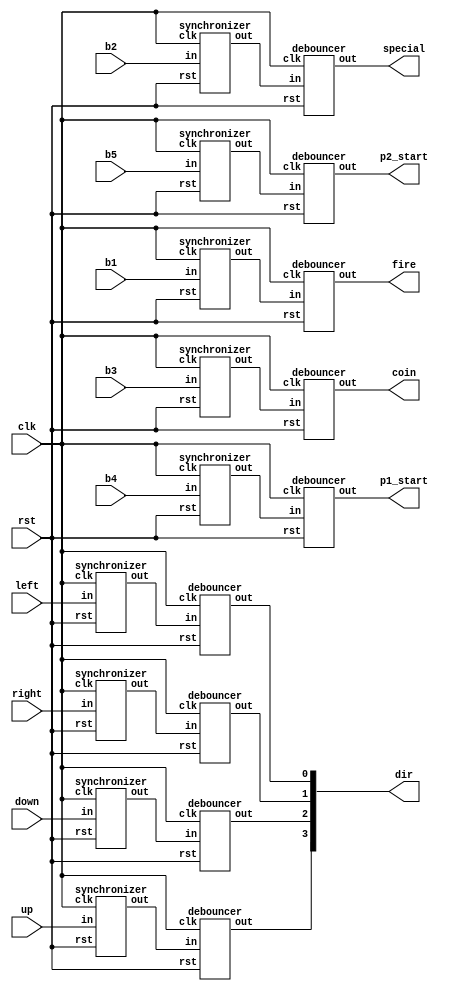
module joystick_controller 
(
  input wire up, down, left, right,
  input wire b1, b2, b3, b4, b5, 
  input wire clk, rst,
  output wire [3:0] dir,
  output wire p1_start, p2_start,
  output wire coin,
  output wire fire, special
);
/* Button Layout
 *         B5 B3   B4     
 *                           
 *    U    
 *  L   R  B1 
 *    D   B2
 *
 */
  wire ctrl_up, ctrl_down, ctrl_left, ctrl_right;
  reg [3:0] tmp_dir;
  wire up_sync, down_sync, left_sync, right_sync;
  wire b1_sync, b2_sync, b3_sync, b4_sync, b5_sync;
  

  /* Input sanitizer
   * North South East West
   
  always @(*) begin
    case({ctrl_up, ctrl_down, ctrl_right, ctrl_left})
      4'b1000: tmp_dir = 4'b1000; // North
      4'b1010: tmp_dir = 4'b1010; // NorthEast
      4'b1001: tmp_dir = 4'b1001; // NorthWest

      4'b0100: tmp_dir = 4'b0100; // South
      4'b0110: tmp_dir = 4'b0110; // SouthEast
      4'b0101: tmp_dir = 4'b0101; // SouthWest

      4'b0010: tmp_dir = 4'b0010; // East
      4'b0001: tmp_dir = 4'b0001; // West
		4'b0000: tmp_dir = 4'b0000;
      default: tmp_dir = 4'b0000; // None
    endcase
  end
  */
	assign dir = {ctrl_up, ctrl_down, ctrl_right, ctrl_left};//tmp_dir;

  synchronizer s_up   (clk, rst, up,    up_sync);
  synchronizer s_down (clk, rst, down,  down_sync);
  synchronizer s_left (clk, rst, left,  left_sync);
  synchronizer s_right(clk, rst, right, right_sync);

  debouncer d_up   (clk, rst, up_sync,    ctrl_up);
  debouncer d_down (clk, rst, down_sync,  ctrl_down);
  debouncer d_left (clk, rst, left_sync,  ctrl_left);
  debouncer d_right(clk, rst, right_sync, ctrl_right);
  
  synchronizer s_b1(clk, rst, b1, b1_sync);
  synchronizer s_b2(clk, rst, b2, b2_sync);
  synchronizer s_b3(clk, rst, b3, b3_sync);
  synchronizer s_b4(clk, rst, b4, b4_sync);
  synchronizer s_b5(clk, rst, b5, b5_sync);
  
  debouncer d_b1(clk, rst, b1_sync, fire);
  debouncer d_b2(clk, rst, b2_sync, special);
  debouncer d_b3(clk, rst, b3_sync, coin);
  debouncer d_b4(clk, rst, b4_sync, p1_start);
  debouncer d_b5(clk, rst, b5_sync, p2_start);

endmodule

// 3 flip flop synchronizer
module synchronizer
#(parameter W = 1)
(input  wire clk, rst, 
 input  wire [W-1:0] in,
 output wire [W-1:0] out);
 
  reg [W-1:0] temp_1, temp_2;//, temp_3;
  
  assign out = temp_2;
  
  always @(posedge clk or negedge rst) begin
    if (~rst) begin
	   temp_1 <= 0;
		temp_2 <= 0;
	 end
    else begin
	   temp_1 <= in;
		temp_2 <= temp_1;
	 end
  end
endmodule


// Debounces inputs
module debouncer 
(
 input  wire clk, rst, in,
 output wire out
);

  parameter W = 8;

  reg [W-1:0] check_reg;
  reg       debounced;
 
  assign out = debounced;

  always @(posedge clk or negedge rst) begin
    if (~rst) begin
	   check_reg <= 0;
		debounced <= 0;
    end
    else begin
		 check_reg[W-1:0] <= {check_reg[W-2:0], in};
		 debounced        <= (check_reg[W-1:0] == {W{1'b1}}) ? 1'b1 : 1'b0;
    end
  end
endmodule